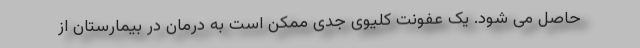
حاصل می شود. یک عفونت کلیوی جدی ممکن است به درمان در بیمارستان از